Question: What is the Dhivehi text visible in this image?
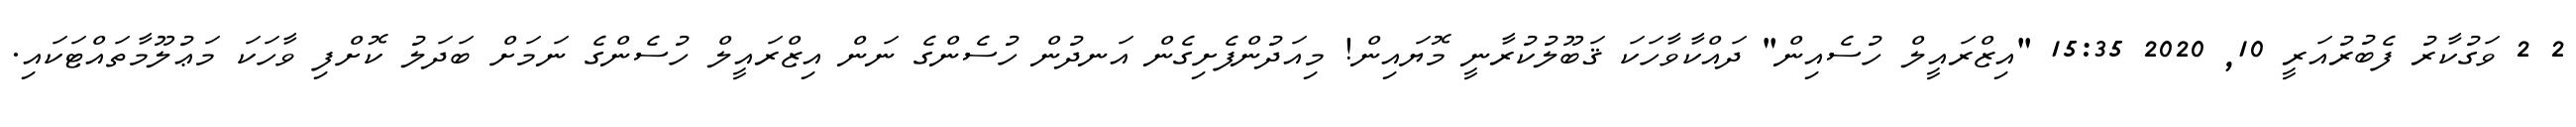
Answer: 2 2 ވަގުކާރު ފެބުރުއަރީ 10, 2020 15:35 "އިޒްރައީލް ހުސެއިން" ދައްކާވާހަކަ ޤަބޫލުކުރާނީ މޮޔައިން! މިއަދުންފެށިގެން އަނދުން ހުސެންގެ ނަން އިޒްރައީލް ހުސެންގެ ނަމަށް ބަދަލު ކޮށްފި ވާހަކަ މަޢުލޫމާތައްޓަކައި.